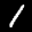
Label: 1